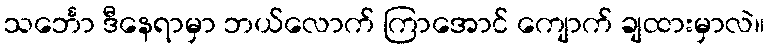
သင်္ဘော ဒီနေရာမှာ ဘယ်လောက် ကြာအောင် ကျောက် ချထားမှာလဲ။